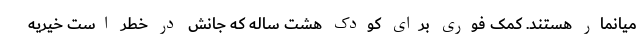
میانمار هستند. کمک فوری برای کودک هشت ساله که جانش در خطر است خیریه